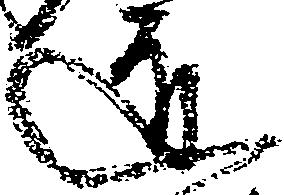
道